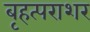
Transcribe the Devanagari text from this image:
बृहत्पराशर